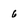
Character: 6